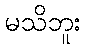
မသိဘူး